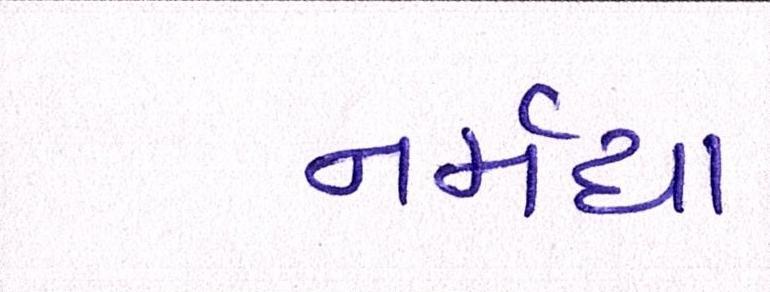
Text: નર્મદા